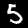
Label: 5